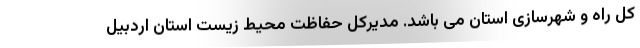
کل راه و شهرسازی استان می باشد. مدیرکل حفاظت محیط زیست استان اردبیل